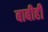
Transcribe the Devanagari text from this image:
बाबीही